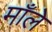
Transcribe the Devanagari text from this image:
माँले